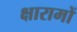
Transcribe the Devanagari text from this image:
क्षारामों